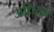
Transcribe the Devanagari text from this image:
अधियम